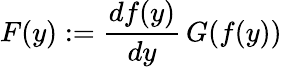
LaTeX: F(y):=\frac{df(y)}{dy}\, G(f(y))